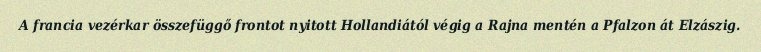
A francia vezérkar összefüggő frontot nyitott Hollandiától végig a Rajna mentén a Pfalzon át Elzászig.